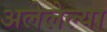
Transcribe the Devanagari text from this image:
अलेलेल्या